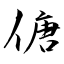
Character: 傏